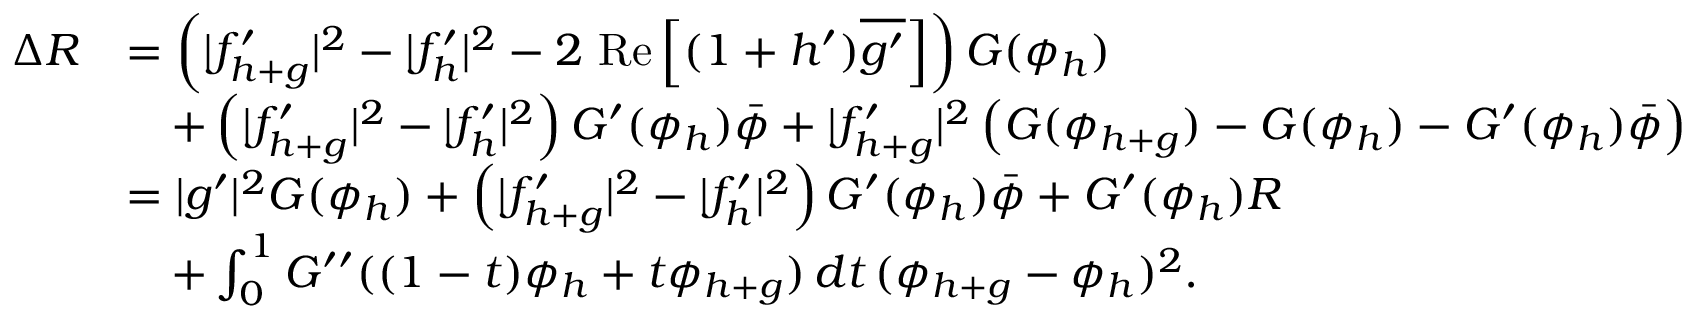
\begin{array} { r l } { \Delta R } & { = \left( | f _ { h + g } ^ { \prime } | ^ { 2 } - | f _ { h } ^ { \prime } | ^ { 2 } - 2 \mathrm { \normalfont ~ R e } \left[ ( 1 + h ^ { \prime } ) \overline { { g ^ { \prime } } } \right] \right) G ( \phi _ { h } ) } \\ & { \quad + \left( | f _ { h + g } ^ { \prime } | ^ { 2 } - | f _ { h } ^ { \prime } | ^ { 2 } \right) G ^ { \prime } ( \phi _ { h } ) \bar { \phi } + | f _ { h + g } ^ { \prime } | ^ { 2 } \left( G ( \phi _ { h + g } ) - G ( \phi _ { h } ) - G ^ { \prime } ( \phi _ { h } ) \bar { \phi } \right) } \\ & { = | g ^ { \prime } | ^ { 2 } G ( \phi _ { h } ) + \left( | f _ { h + g } ^ { \prime } | ^ { 2 } - | f _ { h } ^ { \prime } | ^ { 2 } \right) G ^ { \prime } ( \phi _ { h } ) \bar { \phi } + G ^ { \prime } ( \phi _ { h } ) R } \\ & { \quad + \int _ { 0 } ^ { 1 } G ^ { \prime \prime } ( ( 1 - t ) \phi _ { h } + t \phi _ { h + g } ) \, d t \, ( \phi _ { h + g } - \phi _ { h } ) ^ { 2 } . } \end{array}